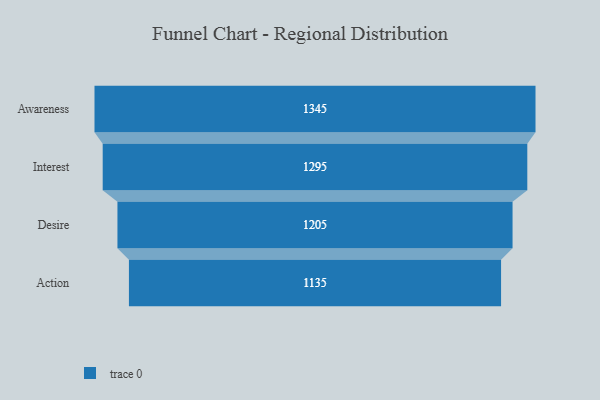
{"axis": {"x": "Stage", "y": "Value"}, "legend": [""], "data": [{"x": "Awareness", "y": 1345.0, "type": ""}, {"x": "Interest", "y": 1295.0, "type": ""}, {"x": "Desire", "y": 1205.0, "type": ""}, {"x": "Action", "y": 1135.0, "type": ""}]}